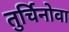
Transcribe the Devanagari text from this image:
तुर्चिनोवा